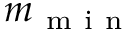
m _ { \mathrm { ~ m ~ i ~ n ~ } }